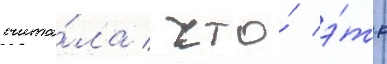
счита́ла / что́ э́то